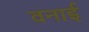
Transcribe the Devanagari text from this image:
वनाई